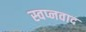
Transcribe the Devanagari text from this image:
स्वप्नवाद